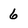
Character: 6